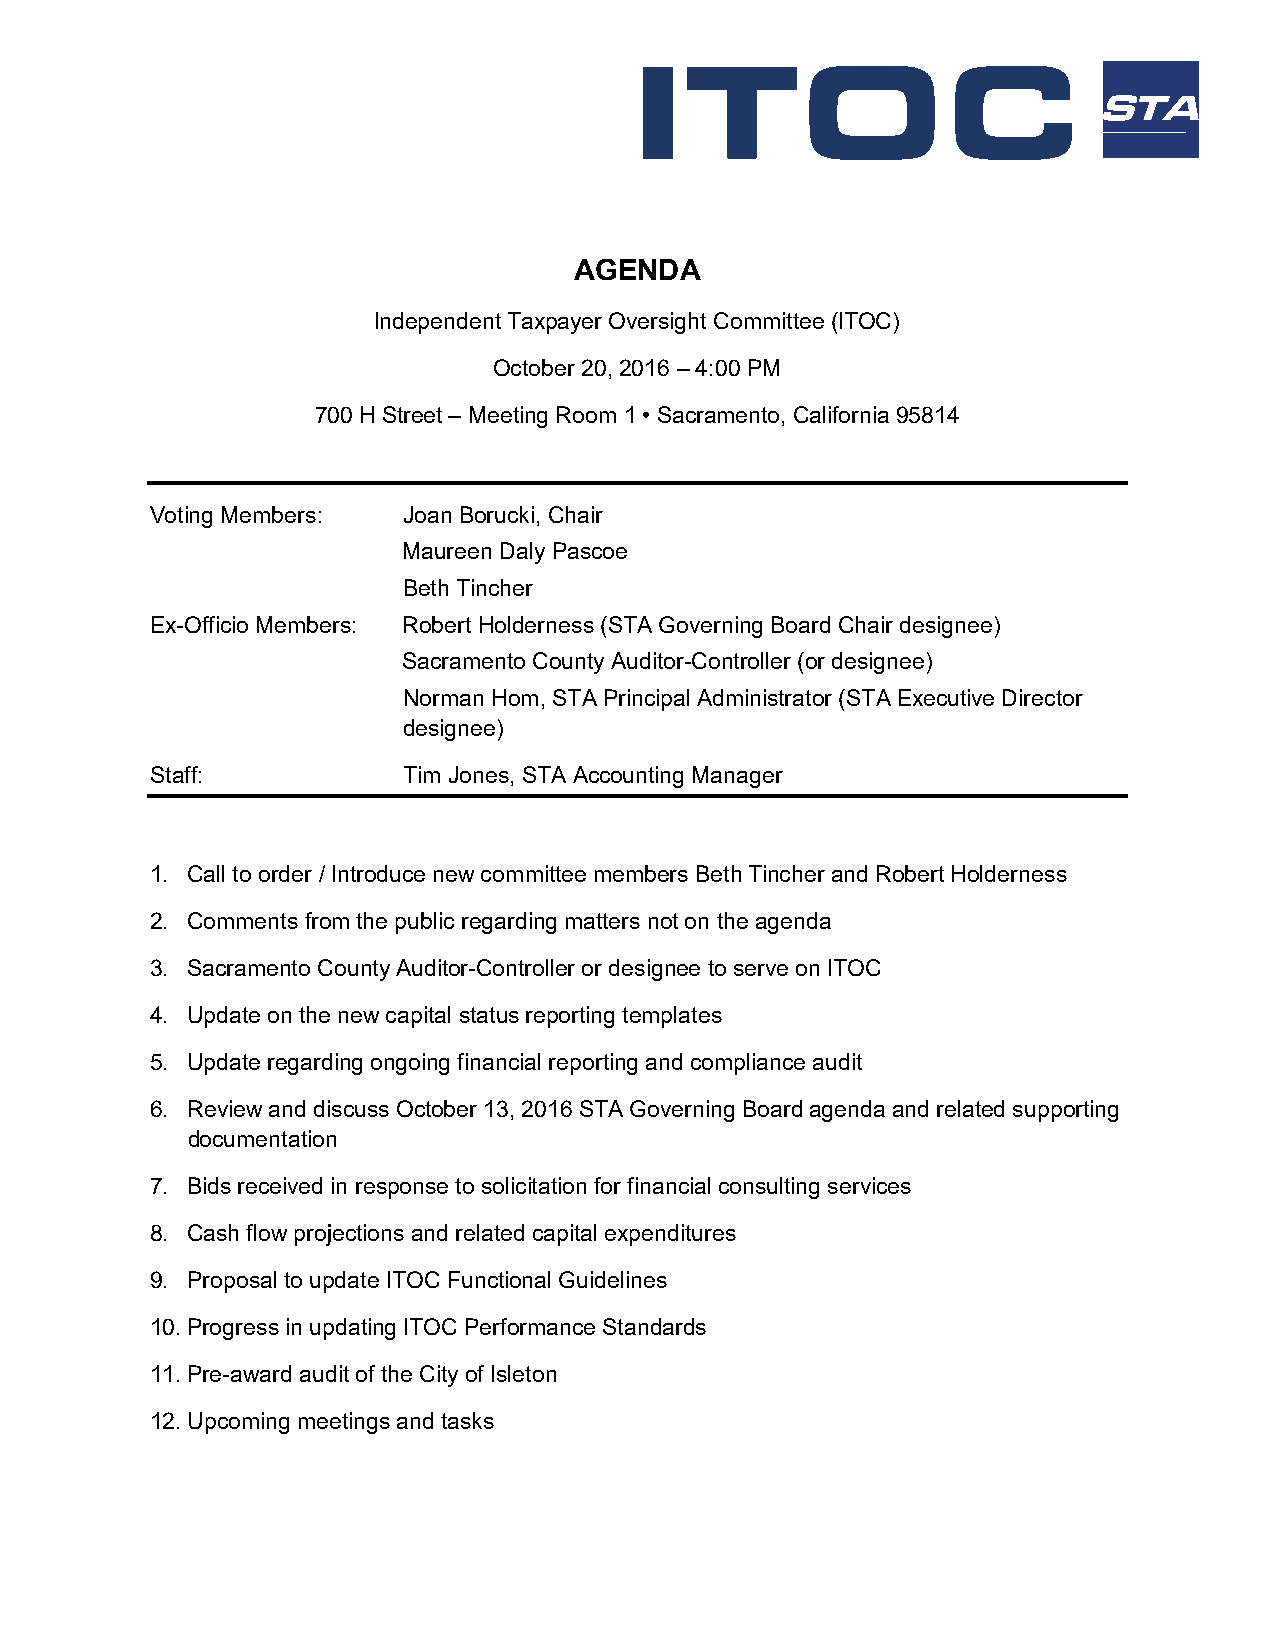
ITOC
 AGENDA
 Independent Taxpayer Oversight Committee (ITOC)
 October 20, 2016 – 4:00 PM
 700 H Street – Meeting Room 1 • Sacramento, California 95814
 Voting Members:  Joan Borucki, Chair
 Maureen Daly Pascoe
 Beth Tincher
 Ex-Officio Members: Robert Holderness (STA Governing Board Chair designee)
 Sacramento County Auditor-Controller (or designee)
 Norman Hom, STA Principal Administrator (STA Executive Director
 designee)
 Staff:           Tim Jones, STA Accounting Manager
 1. Call to order / Introduce new committee members Beth Tincher and Robert Holderness
 2. Comments from the public regarding matters not on the agenda
 3. Sacramento County Auditor-Controller or designee to serve on ITOC
 4. Update on the new capital status reporting templates
 5. Update regarding ongoing financial reporting and compliance audit
 6. Review and discuss October 13, 2016 STA Governing Board agenda and related supporting
 documentation
 7. Bids received in response to solicitation for financial consulting services
 8. Cash flow projections and related capital expenditures
 9. Proposal to update ITOC Functional Guidelines
 10. Progress in updating ITOC Performance Standards
 11. Pre-award audit of the City of Isleton
 12. Upcoming meetings and tasks